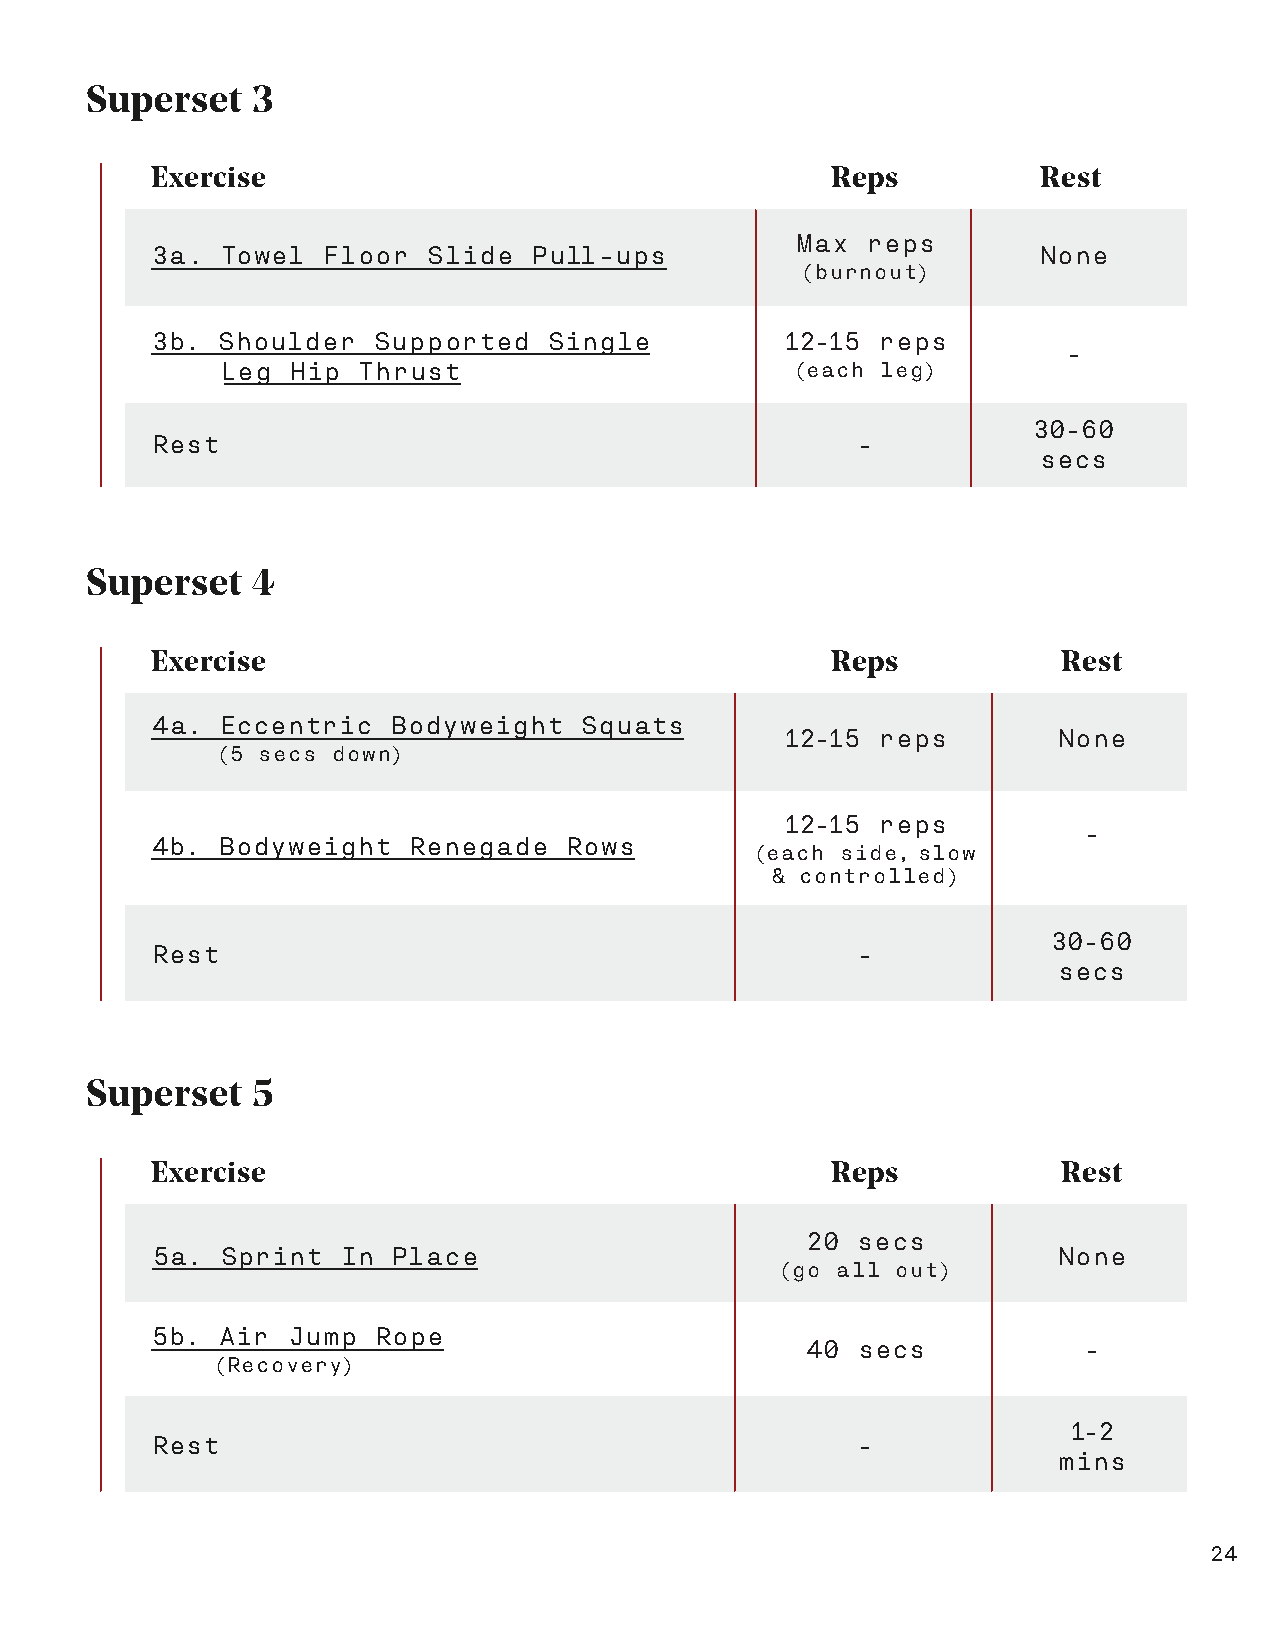
Superset   3
 Exercise                                     Reps          Rest
 Max reps
 3a.  Towel  Floor  Slide Pull-ups                          None
 (burnout)
 3b. Shoulder   Supported  Single          12-15 reps
 -
 Leg Hip  Thrust                       (each leg)
 30-60
 Rest                                           -
 secs
 Superset   4
 Exercise                                     Reps           Rest
 4a.  Eccentric  Bodyweight  Squats
 12-15 reps        None
 (5 secs down)
 12-15 reps
 -
 4b. Bodyweight   Renegade  Rows
 (each side, slow
 & controlled)
 30-60
 Rest                                           -
 secs
 Superset   5
 Exercise                                     Reps           Rest
 20  secs
 5a.  Sprint  In Place                                       None
 (go all out)
 5b. Air  Jump  Rope
 40  secs           -
 (Recovery)
 1-2
 Rest                                           -
 mins
 24